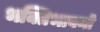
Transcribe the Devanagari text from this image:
भक्तिभावनो